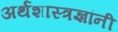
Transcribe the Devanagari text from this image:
अर्थशास्त्रज्ञांनी